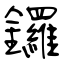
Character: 鑼